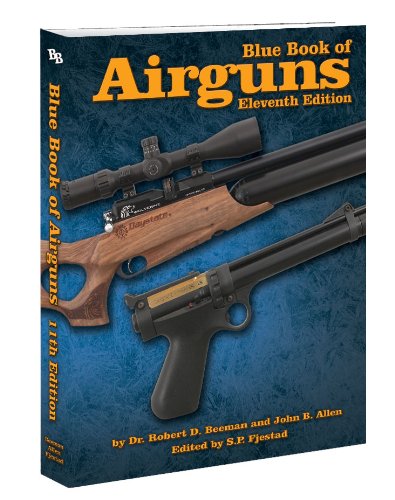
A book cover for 11th Edition Blue Book of Airguns; Dr. Robert D. Beeman; Crafts, Hobbies & Home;